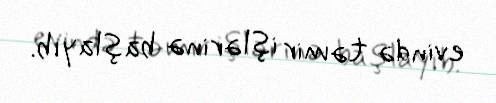
evində təmir işlərinə başlayıb.